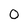
Character: 0